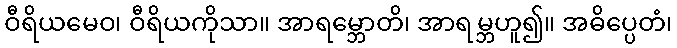
ဝီရိယမေဝ၊ ဝီရိယကိုသာ။ အာရမ္ဘောတိ၊ အာရမ္ဘဟူ၍။ အဓိပ္ပေတံ၊